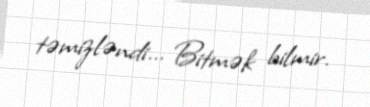
təmizləndi... Bitmək bilmir.